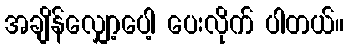
အချိန်လျှော့ပေါ့ ပေးလိုက် ပါတယ်။